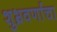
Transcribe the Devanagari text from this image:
शुभ्रवर्णाचा